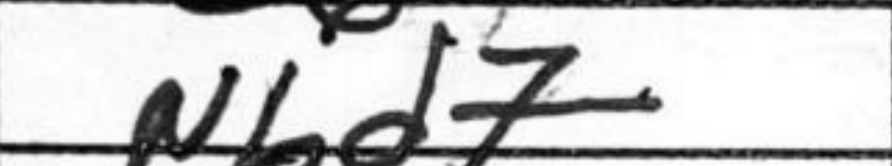
Transcription: Nbd7